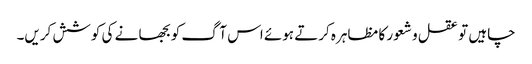
چاہیں تو عقل و شعور کا مظاہرہ کرتے ہوئے اس آگ کو بجھا نے کی کوشش کریں۔